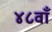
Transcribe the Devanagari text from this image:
४८वाँ